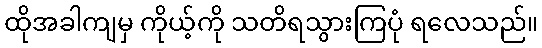
ထိုအခါကျမှ ကိုယ့်ကို သတိရသွားကြပုံ ရလေသည်။